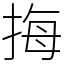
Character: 挴